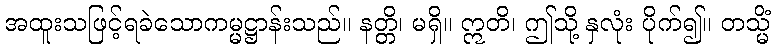
အထူးသဖြင့်ရခဲသောကမ္မဋ္ဌာန်းသည်။ နတ္တိ၊ မရှိ။ ဣတိ၊ ဤသို့ နှလုံး ပိုက်၍။ တသ္မိံ